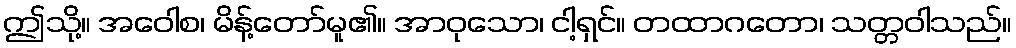
ဤသို့။ အဝေါစ၊ မိန့်တော်မူ၏။ အာဝုသော၊ ငါ့ရှင်။ တထာဂတော၊ သတ္တဝါသည်။